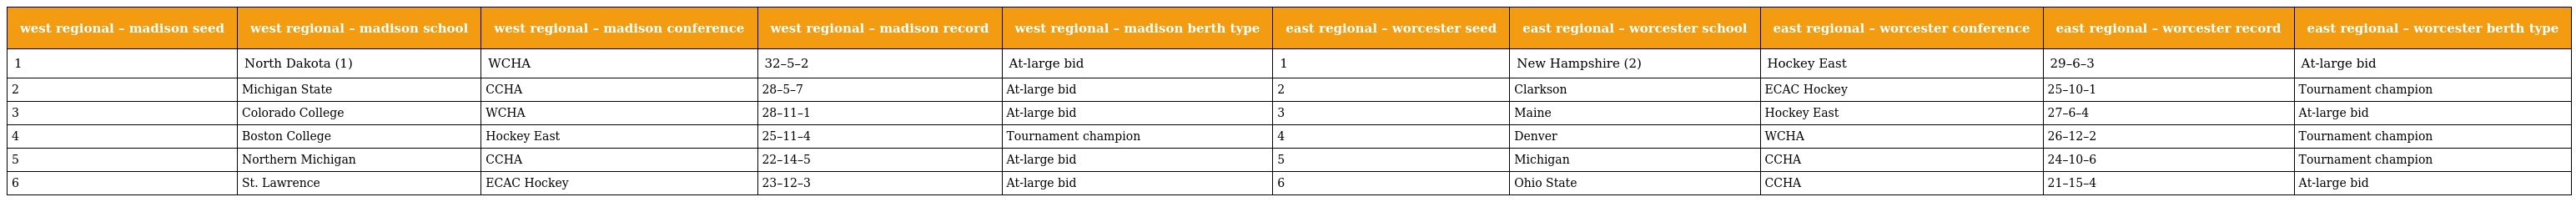
| west regional – madison seed | west regional – madison school | west regional – madison conference | west regional – madison record | west regional – madison berth type | east regional – worcester seed | east regional – worcester school | east regional – worcester conference | east regional – worcester record | east regional – worcester berth type |
 | --- | --- | --- | --- | --- | --- | --- | --- | --- | --- |
 | 1 | North Dakota (1) | WCHA | 32–5–2 | At-large bid | 1 | New Hampshire (2) | Hockey East | 29–6–3 | At-large bid |
 | 2 | Michigan State | CCHA | 28–5–7 | At-large bid | 2 | Clarkson | ECAC Hockey | 25–10–1 | Tournament champion |
 | 3 | Colorado College | WCHA | 28–11–1 | At-large bid | 3 | Maine | Hockey East | 27–6–4 | At-large bid |
 | 4 | Boston College | Hockey East | 25–11–4 | Tournament champion | 4 | Denver | WCHA | 26–12–2 | Tournament champion |
 | 5 | Northern Michigan | CCHA | 22–14–5 | At-large bid | 5 | Michigan | CCHA | 24–10–6 | Tournament champion |
 | 6 | St. Lawrence | ECAC Hockey | 23–12–3 | At-large bid | 6 | Ohio State | CCHA | 21–15–4 | At-large bid |